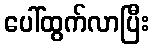
ပေါ်ထွက်လာပြီး